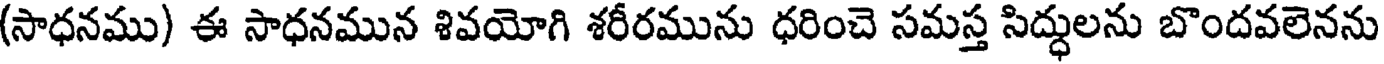
(సాధనము) ఈ సాధనమున శివయోగి శరీరమును ధరించె సమస్త సిద్ధులను బొందవలెనను